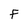
Character: F